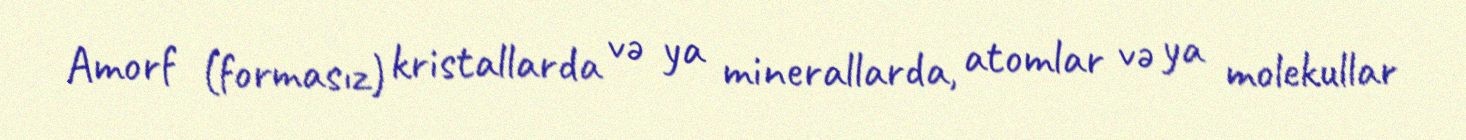
Amorf (formasız) kristallarda və ya minerallarda, atomlar və ya molekullar